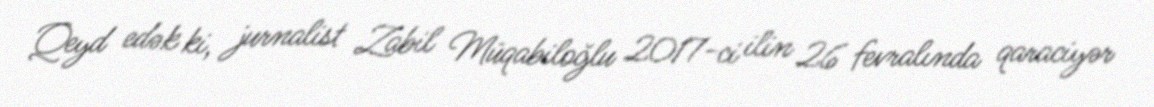
Qeyd edək ki, jurnalist Zabil Müqabiloğlu 2017-ci ilin 26 fevralında qaraciyər